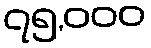
၇၅,၀၀၀